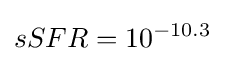
sSFR=10^{-10.3}